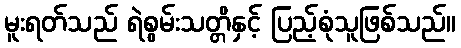
မူးရတ်သည် ရဲစွမ်းသတ္တိနှင့် ပြည့်စုံသူဖြစ်သည်။